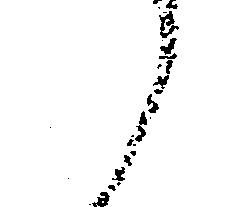
候